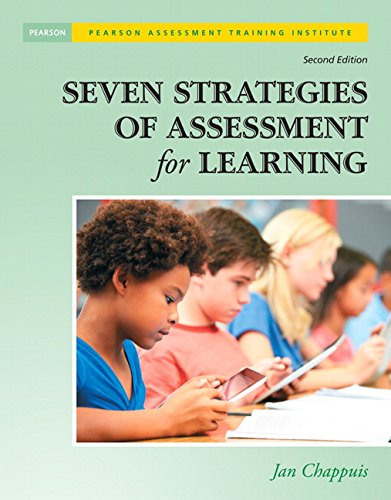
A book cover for Seven Strategies of Assessment for Learning (2nd Edition) (Assessment Training Institute, Inc.); Jan Chappuis; Education & Teaching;